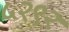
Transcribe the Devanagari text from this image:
५२९२